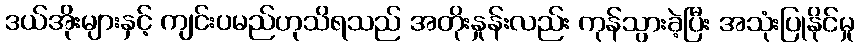
ဒယ်အိုးများနှင့် ကျင်းပမည်ဟုသိရသည် အတိုးနှုန်းလည်း ကုန်သွားခဲ့ပြီး အသုံးပြုနိုင်မှု